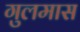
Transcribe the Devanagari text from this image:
गुलमास